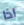
اذا